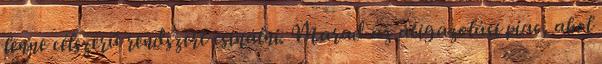
lenne célszerű rendszert csinálni. Marad az átigazolási piac, ahol